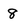
Character: 8